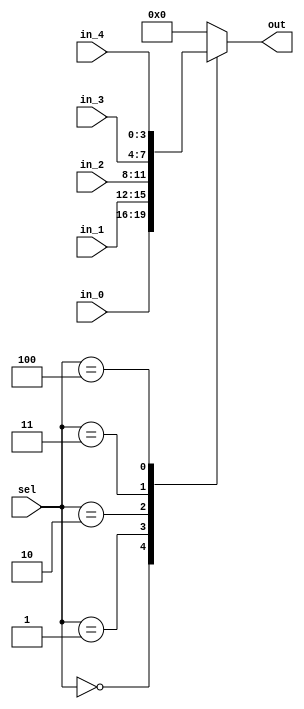
//==================================================================================================
//  Revision      : final
//
//  Description   : N  
//
//==================================================================================================
module mux_5_to_1(sel,in_0,in_1,in_2,in_3,in_4,out);
	parameter N=4;
	input[N-1:0] in_0,in_1,in_2,in_3,in_4;
	input[2:0] sel;
	output[N-1:0] out;

	reg[N-1:0] temp;
	//N  
	assign out=temp;
	always@(*) begin
		case (sel)
			0:temp=in_0;
			1:temp=in_1;
			2:temp=in_2;
			3:temp=in_3;
			4:temp=in_4;
			default: temp=0;
		endcase
	end

endmodule